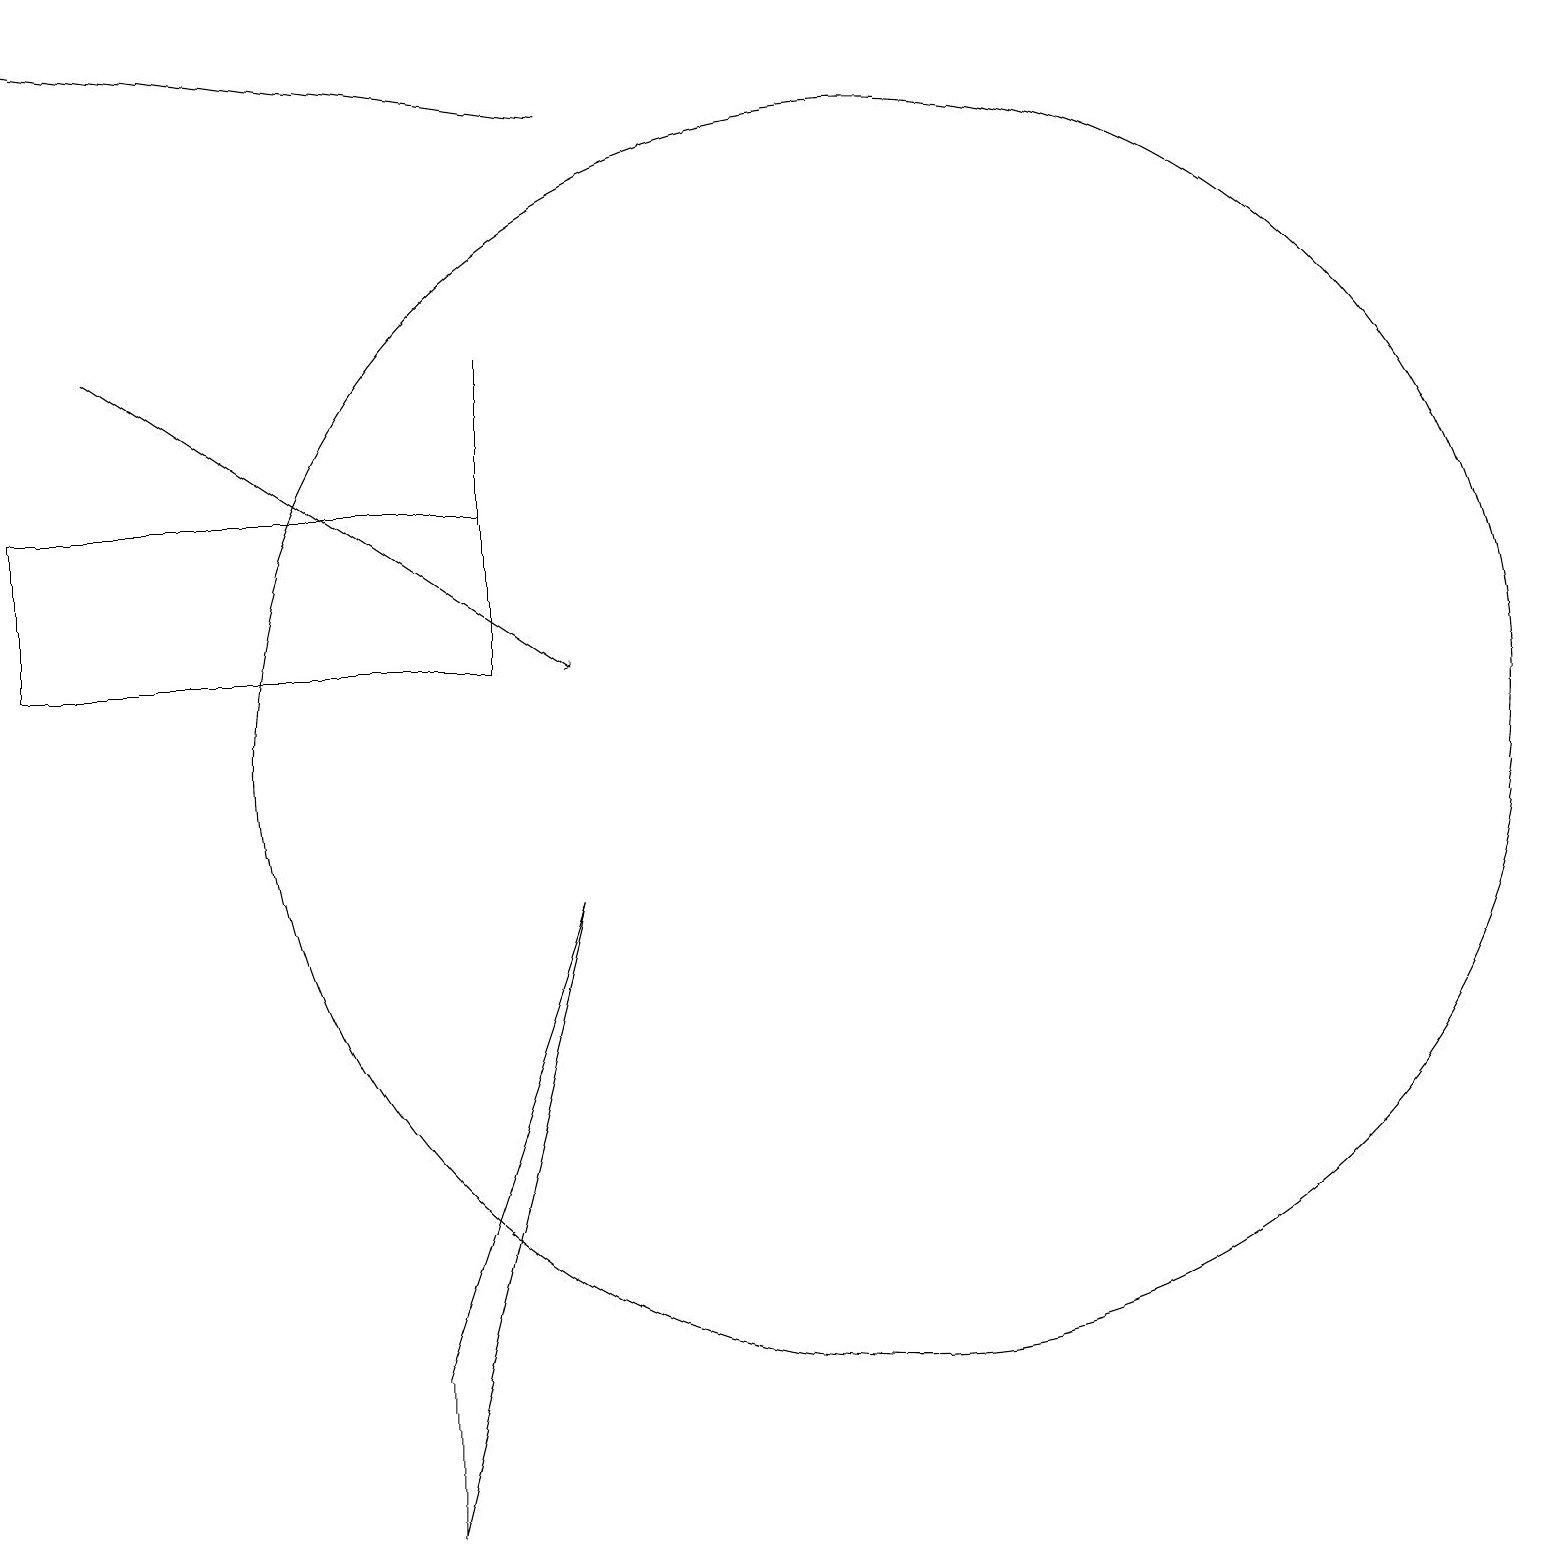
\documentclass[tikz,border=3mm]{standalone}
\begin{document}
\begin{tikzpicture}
\draw (6,13) rectangle (6,15);
\draw (6,11) rectangle (0,13);
\draw (7,8) -- (5,2) -- (5,0) -- cycle;
\draw[->] (1,15) -- (7,11);
\draw (11,10) circle (8);
\draw[->] (7,18) -- (0,19);
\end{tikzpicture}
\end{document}